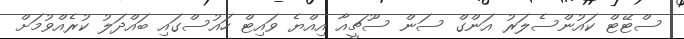
ސްޓޭޓް ކައުންސެލަރު އަންގް ސަން ސޫޗީއާ އިއްޔެ ވައިޓް ހައުސްގައި ބައްދަލު ކުރެއްވުމަށް